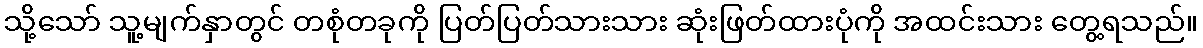
သို့သော် သူ့မျက်နှာတွင် တစုံတခုကို ပြတ်ပြတ်သားသား ဆုံးဖြတ်ထားပုံကို အထင်းသား တွေ့ရသည်။